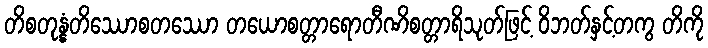
တိစတုန္နံတိဿောစတဿော တယောစတ္တာရောတီဏိစတ္တာရိသုတ်ဖြင့် ဝိဘတ်နှင့်တကွ တိကို